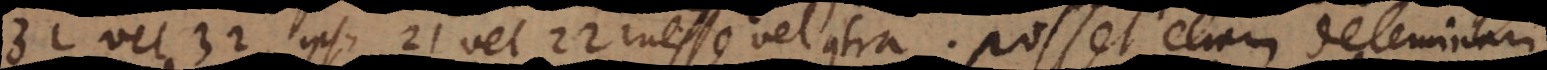
31 vel 32, ipsi 21 vel 22 inesse vel contra. Posset etiam determinari